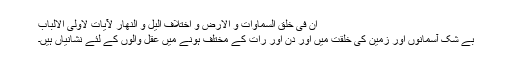
ان فی خلق السماوات و الارض و اختلاف الیل و النهار لآیات لاولی الالباب
بے شک آسمانوں اور زمین کی خلقت میں اور دن اور رات کے مختلف ہونے میں عقل والوں کے لئے نشانیاں ہیں۔